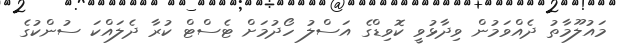
މައުލޫމާތު ދެއްވަމުން ވިދާޅުވީ ކޮވިޑްގެ އަސްލު ހޯދުމަށް ޓެސްޓް ކުރާ ދެލައްކަ ސުންކުގެ